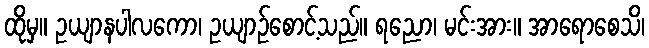
ထိုမှ။ ဥယျာနပါလကော၊ ဥယျာဉ်စောင့်သည်။ ရညော၊ မင်းအား။ အာရောစေသိ၊